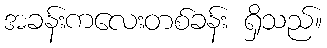
အခန်းကလေးတစ်ခန်း ရှိသည်။